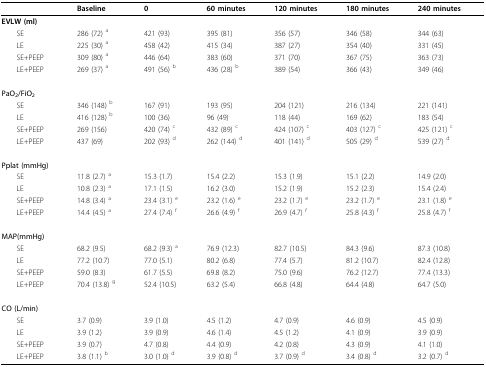
<table><thead><tr><td></td><td><b>Baseline</b></td><td><b>0</b></td><td><b>60 minutes</b></td><td><b>120 minutes</b></td><td><b>180 minutes</b></td><td><b>240 minutes</b></td></tr></thead><tbody><tr><td><b>EVLW (ml)</b></td><td></td><td></td><td></td><td></td><td></td><td></td></tr><tr><td> SE</td><td>286 (72) <sup>a</sup></td><td>421 (93)</td><td>395 (81)</td><td>356 (57)</td><td>346 (58)</td><td>344 (63)</td></tr><tr><td> LE</td><td>225 (30) <sup>a</sup></td><td>458 (42)</td><td>415 (34)</td><td>387 (27)</td><td>354 (40)</td><td>331 (45)</td></tr><tr><td> SE+PEEP</td><td>309 (80) <sup>a</sup></td><td>446 (64)</td><td>383 (60)</td><td>371 (70)</td><td>367 (75)</td><td>363 (73)</td></tr><tr><td> LE+PEEP</td><td>269 (37) <sup>a</sup></td><td>491 (56) <sup>b</sup></td><td>436 (28) <sup>b</sup></td><td>389 (54)</td><td>366 (43)</td><td>349 (46)</td></tr><tr><td><b>PaO<sub>2</sub>/FiO<sub>2</sub></b></td><td></td><td></td><td></td><td></td><td></td><td></td></tr><tr><td> SE</td><td>346 (148) <sup>b</sup></td><td>167 (91)</td><td>193 (95)</td><td>204 (121)</td><td>216 (134)</td><td>221 (141)</td></tr><tr><td> LE</td><td>416 (128) <sup>b</sup></td><td>100 (36)</td><td>96 (49)</td><td>118 (44)</td><td>169 (62)</td><td>183 (54)</td></tr><tr><td> SE+PEEP</td><td>269 (156)</td><td>420 (74) <sup>c</sup></td><td>432 (89) <sup>c</sup></td><td>424 (107) <sup>c</sup></td><td>403 (127) <sup>c</sup></td><td>425 (121) <sup>c</sup></td></tr><tr><td> LE+PEEP</td><td>437 (69)</td><td>202 (93) <sup>d</sup></td><td>262 (144) <sup>d</sup></td><td>401 (141) <sup>d</sup></td><td>505 (29) <sup>d</sup></td><td>539 (27) <sup>d</sup></td></tr><tr><td><b>Pplat (mmHg)</b></td><td></td><td></td><td></td><td></td><td></td><td></td></tr><tr><td> SE</td><td>11.8 (2.7) <sup>a</sup></td><td>15.3 (1.7)</td><td>15.4 (2.2)</td><td>15.3 (1.9)</td><td>15.1 (2.2)</td><td>14.9 (2.0)</td></tr><tr><td> LE</td><td>10.8 (2.3) <sup>a</sup></td><td>17.1 (1.5)</td><td>16.2 (3.0)</td><td>15.2 (1.9)</td><td>15.2 (2.3)</td><td>15.4 (2.4)</td></tr><tr><td> SE+PEEP</td><td>14.8 (3.4) <sup>a</sup></td><td>23.4 (3.1) <sup>e</sup></td><td>23.2 (1.6) <sup>e</sup></td><td>23.2 (1.7) <sup>e</sup></td><td>23.2 (1.7) <sup>e</sup></td><td>23.1 (1.8) <sup>e</sup></td></tr><tr><td> LE+PEEP</td><td>14.4 (4.5) <sup>a</sup></td><td>27.4 (7.4) <sup>f</sup></td><td>26.6 (4.9) <sup>f</sup></td><td>26.9 (4.7) <sup>f</sup></td><td>25.8 (4.3) <sup>f</sup></td><td>25.8 (4.7) <sup>f</sup></td></tr><tr><td><b>MAP(mmHg)</b></td><td></td><td></td><td></td><td></td><td></td><td></td></tr><tr><td> SE</td><td>68.2 (9.5)</td><td>68.2 (9.3) <sup>a</sup></td><td>76.9 (12.3)</td><td>82.7 (10.5)</td><td>84.3 (9.6)</td><td>87.3 (10.8)</td></tr><tr><td> LE</td><td>77.2 (10.7)</td><td>77.0 (5.1)</td><td>80.2 (6.8)</td><td>77.4 (5.7)</td><td>81.2 (10.7)</td><td>82.4 (12.8)</td></tr><tr><td> SE+PEEP</td><td>59.0 (8.3)</td><td>61.7 (5.5)</td><td>69.8 (8.2)</td><td>75.0 (9.6)</td><td>76.2 (12.7)</td><td>77.4 (13.3)</td></tr><tr><td> LE+PEEP</td><td>70.4 (13.8) <sup>g</sup></td><td>52.4 (10.5)</td><td>63.2 (5.4)</td><td>66.8 (4.8)</td><td>64.4 (4.8)</td><td>64.7 (5.0)</td></tr><tr><td><b>CO (L/min)</b></td><td></td><td></td><td></td><td></td><td></td><td></td></tr><tr><td> SE</td><td>3.7 (0.9)</td><td>3.9 (1.0)</td><td>4.5 (1.2)</td><td>4.7 (0.9)</td><td>4.6 (0.9)</td><td>4.5 (0.9)</td></tr><tr><td> LE</td><td>3.9 (1.2)</td><td>3.9 (0.9)</td><td>4.6 (1.4)</td><td>4.5 (1.2)</td><td>4.1 (0.9)</td><td>3.9 (0.9)</td></tr><tr><td> SE+PEEP</td><td>3.9 (0.7)</td><td>4.7 (0.8)</td><td>4.4 (0.9)</td><td>4.2 (0.8)</td><td>4.3 (0.9)</td><td>4.1 (1.0)</td></tr><tr><td> LE+PEEP</td><td>3.8 (1.1) <sup>b</sup></td><td>3.0 (1.0) <sup>d</sup></td><td>3.9 (0.8) <sup>d</sup></td><td>3.7 (0.9) <sup>d</sup></td><td>3.4 (0.8) <sup>d</sup></td><td>3.2 (0.7) <sup>d</sup></td></tr></tbody></table>